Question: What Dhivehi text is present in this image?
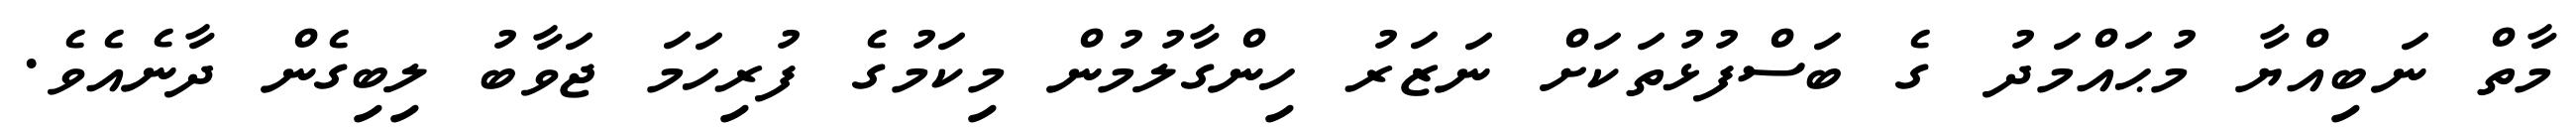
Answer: މާތް ނަބިއްޔާ މުޙައްމަދު ގެ ބަސްފުޅުތަކަށް ނަޒަރު ހިންގާލުމުން މިކަމުގެ ފުރިހަމަ ޖަވާބު ލިބިގެން ދާނެއެވެ.